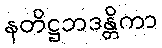
နတိဋ္ဌဘဒန္တိကာ